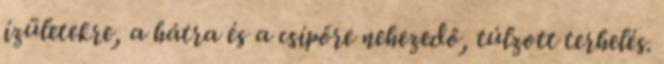
ízületekre, a hátra és a csípőre nehezedő, túlzott terhelés.